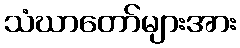
သံဃာတော်များအား